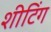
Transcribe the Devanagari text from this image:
शीटिंग